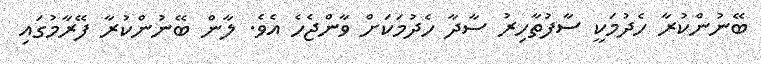
ބޭނުންކުރާ ހެދުމަކީ ސާފުތާހިރު ސާދާ ހެދުމަކަށް ވާންޖެހެ އެވެ. ލާން ބޭނުންކުރާ ފޭރާމުގައި